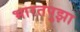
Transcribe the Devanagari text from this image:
भारतपुझा